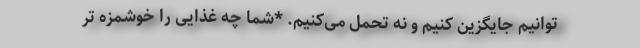
توانیم جایگزین کنیم و نه تحمل می‌کنیم. *شما چه غذایی را خوشمزه تر